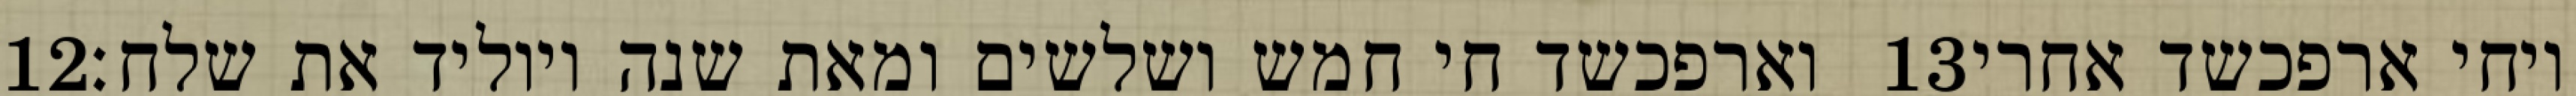
‎12‏ וארפכשד חי חמש ושלשים ומאת שנה ויוליד את שלח׃ ‎13‏ ויחי ארפכשד אחרי